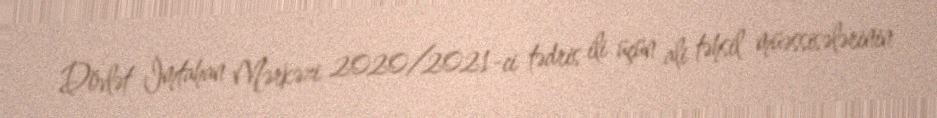
Dövlət İmtahan Mərkəzi 2020/2021-ci tədris ili üçün ali təhsil müəssisələrinin